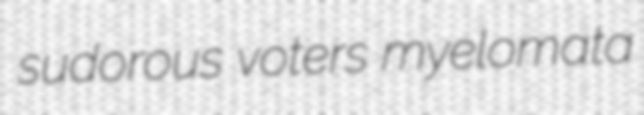
sudorous voters myelomata